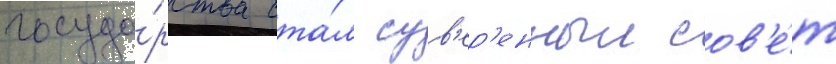
госуда́рства ста́л сув'ер'енныи сов'е́т